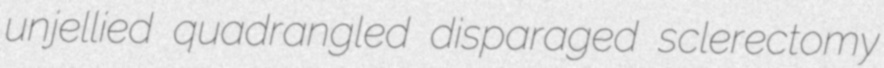
unjellied quadrangled disparaged sclerectomy